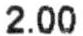
2.00